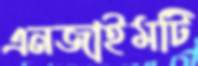
এনজাইমটি